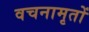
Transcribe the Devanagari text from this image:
वचनामृतों